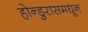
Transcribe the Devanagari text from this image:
होन्डुरासमधून